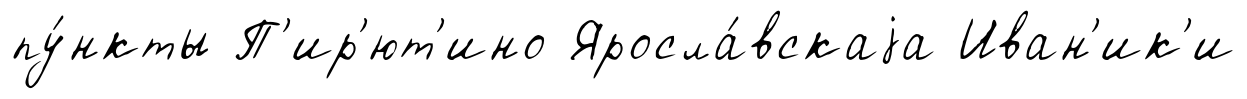
пу́нкты П'ир'ют'ино Яросла́вскаjа Иван'ик'и